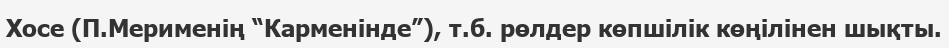
Хосе (П.Мерименің “Карменінде”), т.б. рөлдер көпшілік көңілінен шықты.